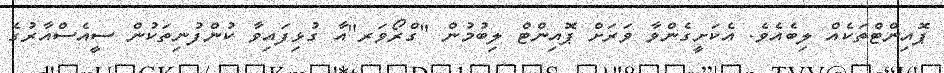
ޕޮއިންޓްތަކެއް ލިބެއެވެ. އެކަށީގެންވާ ވަރަށް ޕޮއިންޓް ލިބުމުން "ގްރޯވަރ"އާ ގުޅިފައިވާ ކުންފުނިތަކުން ސީއެސްއާރުގެ